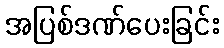
အပြစ်ဒဏ်ပေးခြင်း